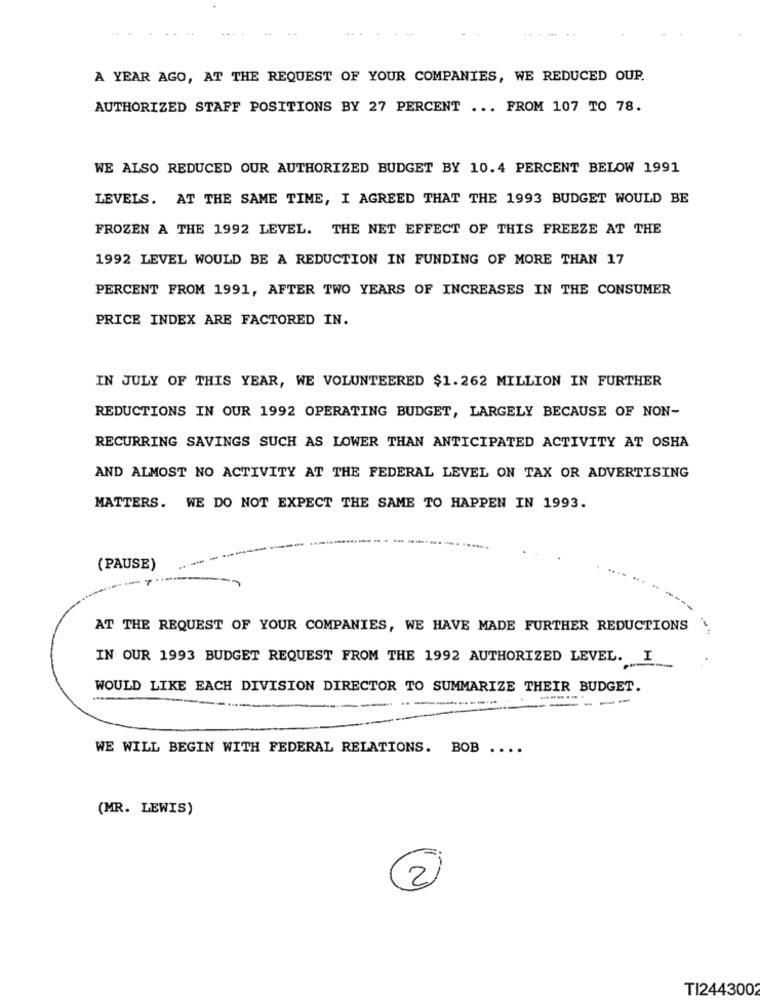
A YEAR AGO, AT THE REQUEST OF YOUR COMPANIES, WE REDUCED OUP.
AUTHORIZED STAFF POSITIONS BY 27 PERCENT ... FROM 107 TO 78.
WE ALSO REDUCED OUR AUTHORIZED BUDGET BY 10.4 PERCENT BELOW 1991
LEVELS. AT THE SAME TIME, I AGREED THAT THE 1993 BUDGET WOULD BE
FROZEN A THE 1992 LEVEL. THE NET EFFECT OF THIS FREEZE AT THE
1992 LEVEL WOULD BE A REDUCTION IN FUNDING OF MORE THAN 17
PERCENT FROM 1991, AFTER TWO YEARS OF INCREASES IN THE CONSUMER
PRICE INDEX ARE FACTORED IN.
IN JULY OF THIS YEAR, WE VOLUNTEERED $1.262 MILLION IN FURTHER
REDUCTIONS IN OUR 1992 OPERATING BUDGET, LARGELY BECAUSE OF NON-
RECURRING SAVINGS SUCH AS LOWER THAN ANTICIPATED ACTIVITY AT OSHA
AND ALMOST NO ACTIVITY AT THE FEDERAL LEVEL ON TAX OR ADVERTISING
MATTERS. WE DO NOT EXPECT THE SAME TO HAPPEN IN 1993.
(PAUSE)
AT THE REQUEST OF YOUR COMPANIES, WE HAVE MADE FURTHER REDUCTIONS
IN OUR 1993 BUDGET REQUEST FROM THE 1992 AUTHORIZED LEVEL. I
WOULD LIKE EACH DIVISION DIRECTOR TO SUMMARIZE THEIR BUDGET.
-----
-
- --
WE WILL BEGIN WITH FEDERAL RELATIONS. BOB ....
(MR. LEWIS)
TI2443002